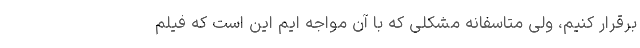
برقرار کنیم، ولی متاسفانه مشکلی که با آن مواجه ایم این است که فیلم